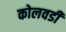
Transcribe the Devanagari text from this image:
कोलवडी